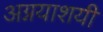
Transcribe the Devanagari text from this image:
अग्नयाशयी